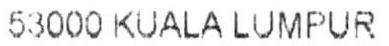
53000 KUALA LUMPUR